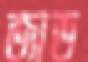
জাড